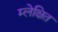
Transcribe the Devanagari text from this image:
म्लेक्षित